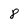
Character: 8